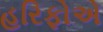
હરિફોએ